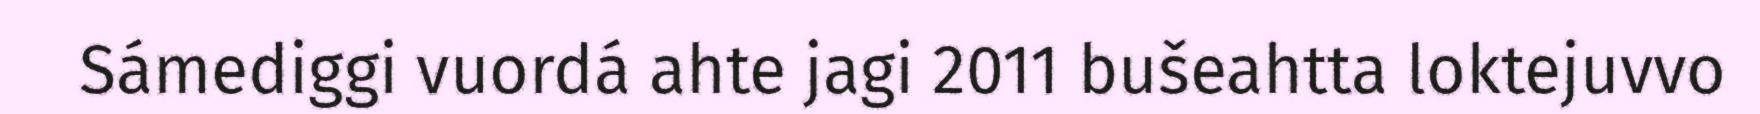
Sámediggi vuordá ahte jagi 2011 bušeahtta loktejuvvo